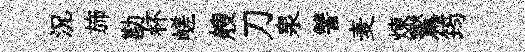
況斾勘杯嵯艘刀泉讐麦煉鸑筠